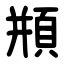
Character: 頩